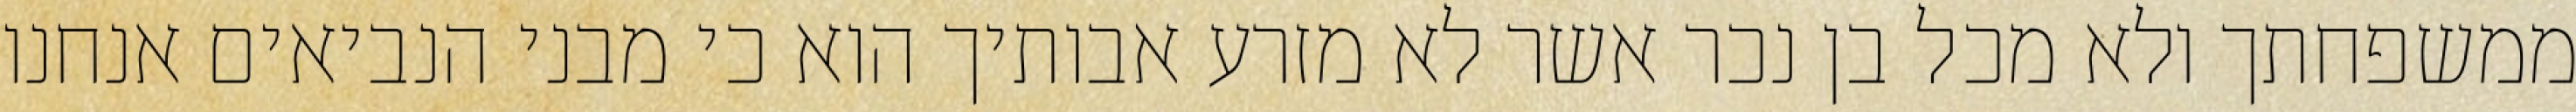
ממשפחתך ולא מכל בן נכר אשר לא מזרע אבותיך הוא כי מבני הנביאים אנחנו